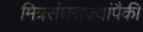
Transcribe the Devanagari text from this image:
मित्रसंघराज्यांपैकी